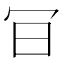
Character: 𠕾